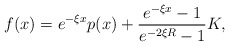
\begin{align*} f(x) = e^{-\xi x}p(x) + \frac{e^{-\xi x}-1}{e^{-2\xi R}-1}K,\end{align*}